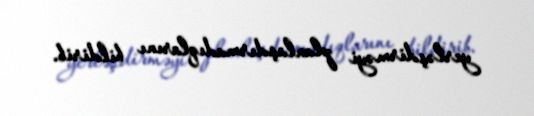
yerləşdirməyi planlaşdırmadıqlarını bildirib.